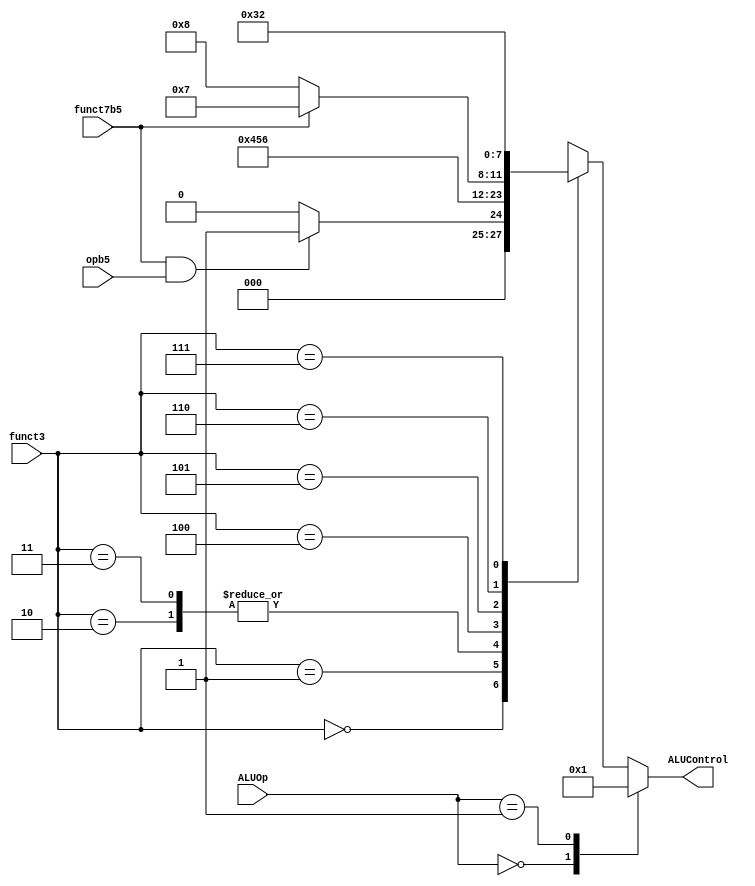

// alu_decoder.v - logic for ALU decoder

module alu_decoder (
    input            opb5,
    input [2:0]      funct3,
    input            funct7b5,
    input [1:0]      ALUOp,
    output reg [3:0] ALUControl
);

always @(*) begin
    case (ALUOp)
        2'b00: ALUControl = 4'b0000;             // addition
        2'b01: ALUControl = 4'b0001;             // subtraction
        default:
            case (funct3) // R-type or I-type ALU
                3'b000: begin
                    // True for R-type subtract
                    if   (funct7b5 & opb5) ALUControl = 4'b0001; // sub
                    else ALUControl = 4'b0000;          // add(i)
                end
                3'b001:  ALUControl = 4'b0100;          // sll(i)
                3'b010:  ALUControl = 4'b0101;          // slt(i)
                3'b011:  ALUControl = 4'b0101;          // slt(i)u
                3'b100:  ALUControl = 4'b0110;          // xor(i)
                3'b101: begin
                    if (funct7b5) ALUControl = 4'b0111; // srl(i)
                    else ALUControl = 4'b1000;          // sra(i)
                end
                3'b110:  ALUControl = 4'b0011;          // or(i)
                3'b111:  ALUControl = 4'b0010;          // and(i)
                default: ALUControl = 4'bxxxx;          // ???
            endcase
    endcase
end

endmodule